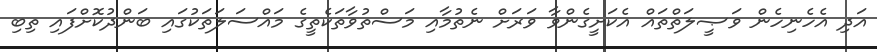
އަދި އެހެނިހެން ވަޞީލަތްތައް އެކަށީގެންވާ ވަރަށް ނެތުމާއި މަސްތުވާތަކެތީގެ މައްސަލަތަކުގައި ބަންދުކޮށްފައި ތިބި